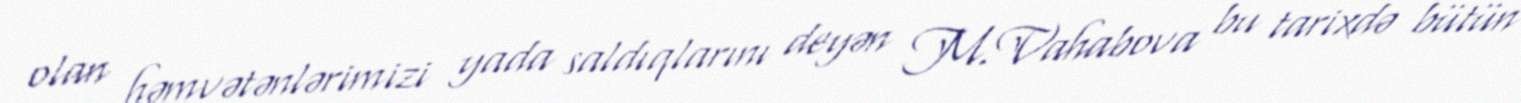
olan həmvətənlərimizi yada saldıqlarını deyən M.Vahabova bu tarixdə bütün